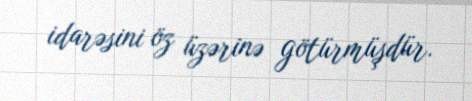
idarəsini öz üzərinə götürmüşdür.